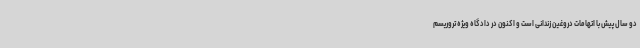
دو سال پیش با اتهامات دروغین زندانی است و اکنون در دادگاه ویژه تروریسم